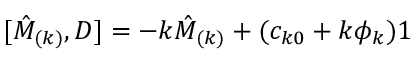
\lbrack \hat { M } _ { ( k ) } , D ] = - k \hat { M } _ { ( k ) } + ( c _ { k 0 } + k \phi _ { k } ) 1